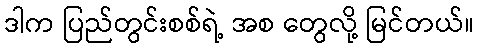
ဒါက ပြည်တွင်းစစ်ရဲ့ အစ တွေလို့ မြင်တယ်။